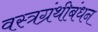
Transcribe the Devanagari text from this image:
वस्त्रग्रंथीबंधन